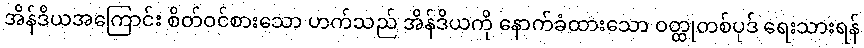
အိန်ဒိယအကြောင်း စိတ်ဝင်စားသော ဟက်သည် အိန်ဒိယကို နောက်ခံထားသော ဝတ္ထုတစ်ပုဒ် ရေးသားရန်